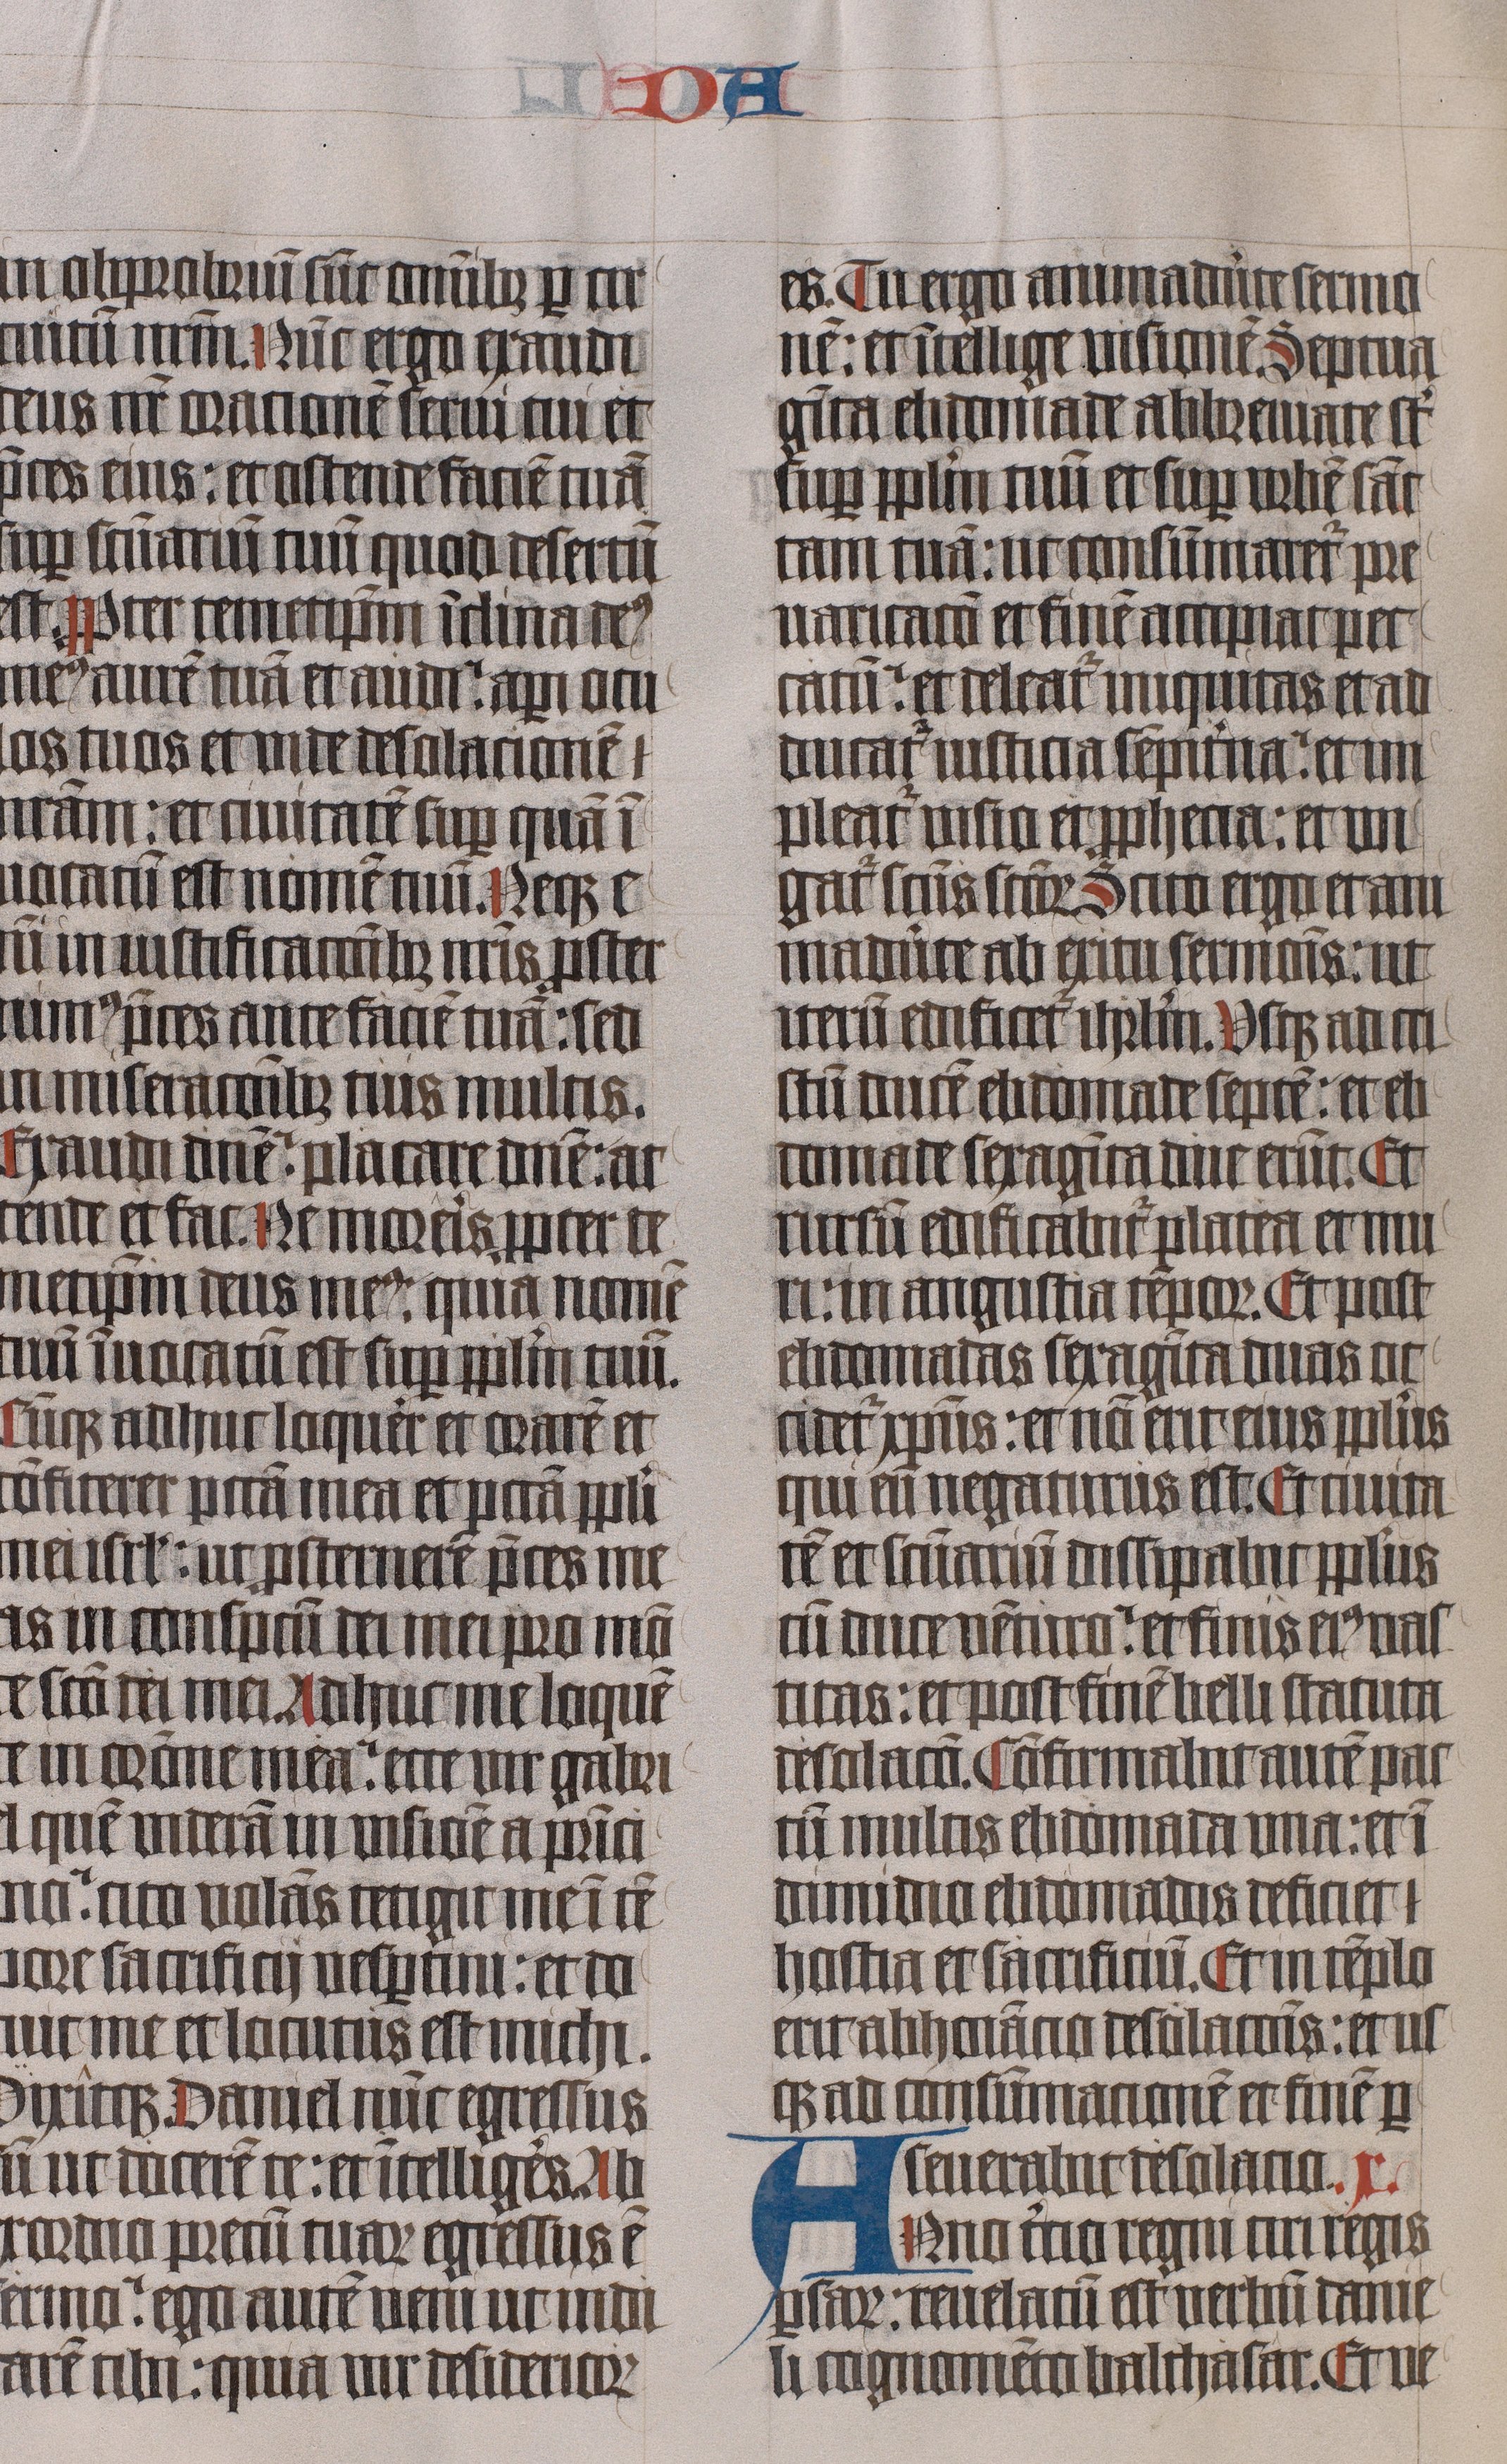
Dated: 1445–1445